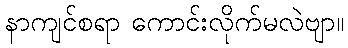
နာကျင်စရာ ကောင်းလိုက်မလဲဗျာ။